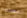
حساسة